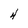
Character: H